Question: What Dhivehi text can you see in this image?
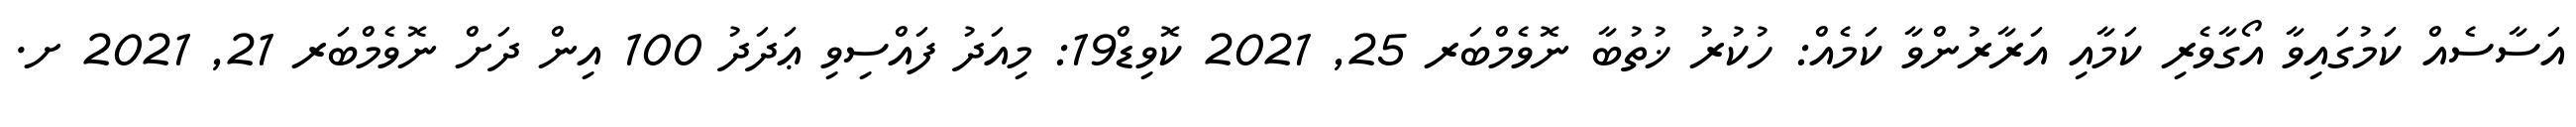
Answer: އަސާސެއް ކަމުގައިވާ އޯގާވެރި ކަމާއި އަރާރުންވާ ކަމެއް: ހުކުރު ޚުތުބާ ނޮވެމްބަރ 25, 2021 ކޮވިޑް19: މިއަދު ފައްސިވި ޢަދަދު 100 އިން ދަށް ނޮވެމްބަރ 21, 2021 ށ.